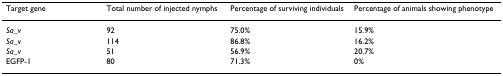
<table><thead><tr><td><b>Target gene</b></td><td><b>Total number of injected nymphs</b></td><td><b>Percentage of surviving individuals</b></td><td><b>Percentage of animals showing phenotype</b></td></tr></thead><tbody><tr><td><i>Sa_v</i></td><td>92</td><td>75.0%</td><td>15.9%</td></tr><tr><td><i>Sa_v</i></td><td>114</td><td>86.8%</td><td>16.2%</td></tr><tr><td><i>Sa_v</i></td><td>51</td><td>56.9%</td><td>20.7%</td></tr><tr><td>EGFP-1</td><td>80</td><td>71.3%</td><td>0%</td></tr></tbody></table>